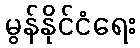
မွန်နိုင်ငံရေး